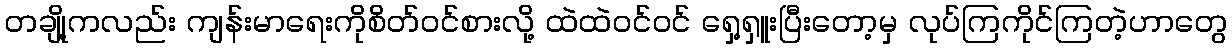
တချို့ကလည်း ကျန်းမာရေးကိုစိတ်ဝင်စားလို့ ထဲထဲဝင်ဝင် ရှေ့ရှူးပြီးတော့မှ လုပ်ကြကိုင်ကြတဲ့ဟာတွေ